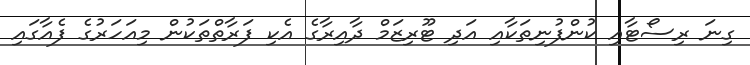
ގިނަ ރިސޯޓާއި ކުންފުނިތަކާއި އަދި ޓޫރިޒަމް ދާއިރާގެ އެކި ފަރާތްތަކުން މިއަހަރުގެ ފެއާގައި